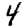
Digit: 4